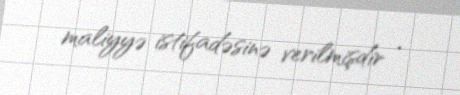
maliyyə istifadəsinə verilmişdir .